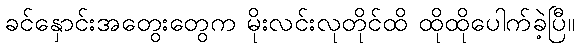
ခင်နှောင်းအတွေးတွေက မိုးလင်းလုတိုင်ထိ ထိုထိုပေါက်ခဲ့ပြီ။